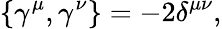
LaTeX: \{ \gamma^{\mu},\gamma^{\nu}\} =-2\delta^{\mu\nu},